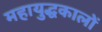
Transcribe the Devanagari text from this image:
महायुद्धकालों